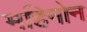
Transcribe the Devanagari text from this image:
महिनोन